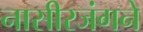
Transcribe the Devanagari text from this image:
नासीरजंगने